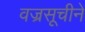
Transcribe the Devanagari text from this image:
वज्रसूचीने